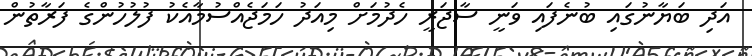
އަދި ބަޔާނުގައި ބުނެފައި ވަނީ ސާޖަރީ ހެދުމަށް މިއަދު ހަމަޖެއްސުމާއެކު ފުލުހުންގެ ފަރާތުން